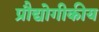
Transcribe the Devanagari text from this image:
प्रौद्योगीकीय